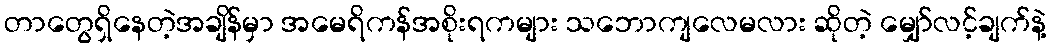
တာတွေရှိနေတဲ့အချိန်မှာ အမေရိကန်အစိုးရကများ သဘောကျလေမလား ဆိုတဲ့ မျှော်လင့်ချက်နဲ့